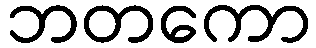
ဘတကော